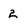
Character: 2